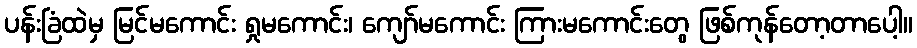
ပန်းခြံထဲမှ မြင်မကောင်း ရှုမကောင်း၊ ကျော်မကောင်း ကြားမကောင်းတွေ ဖြစ်ကုန်တော့တာပေါ့။